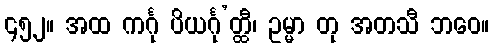
၄၅၂။ အထ ကင်္ဂု ပိယင်္ဂု’တ္ထီ၊ ဥမ္မာ တု အတသီ ဘဝေ။